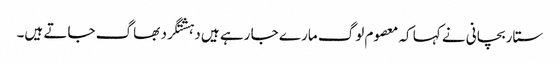
ستار بچانی نے کہا کہ معصوم لوگ مارے جا رہے ہیں دہشتگرد بھاگ جاتے ہیں۔